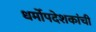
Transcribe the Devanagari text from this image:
धर्मोपदेशकांची